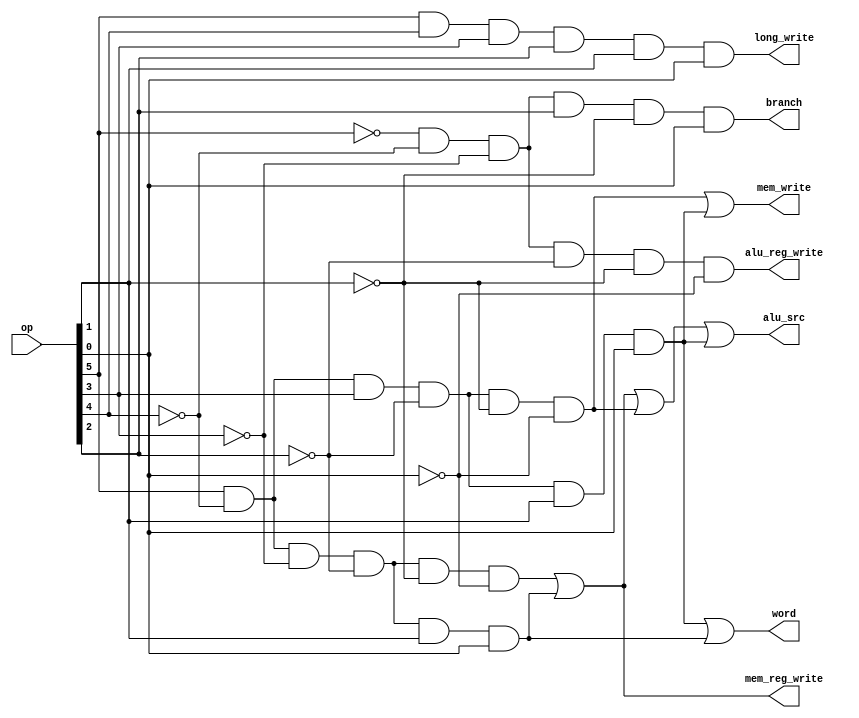
module control(
	input [5:0] op,
	output mem_write,
	output alu_src,
	output alu_reg_write,
	output mem_reg_write,
	output long_write,
	output branch,
	output word
);


 //determines type of instruction
 wire lb = op[5]&~op[4]&~op[3]&~op[2]&~op[1]&~op[0]; //100000 LB
 wire lw = op[5]&~op[4]&~op[3]&~op[2]&op[1]&op[0]; //100011 LW
 wire aluop = ~op[5]&~op[4]&~op[3]&~op[2]&~op[1]&~op[0]; //000000 ADD
 wire sb = op[5]&~op[4]&op[3]&~op[2]&~op[1]&~op[0]; //101000 SB
 wire sw = op[5]&~op[4]&op[3]&~op[2]&op[1]&op[0]; //101011 SW
 wire addslw = op[5]&op[4]&op[3]&op[2]&op[1]&op[0]; //111111 ADDSLW
 wire bnz = ~op[5]&~op[4]&~op[3]&op[2]&~op[1]&op[0]; //000101 BNZ

 assign mem_write = sb | sw;
 assign alu_src = lb | lw | sb | sw;
 assign alu_reg_write = aluop;
 assign mem_reg_write = lb | lw;
 assign word = sw | lw;
 assign long_write = addslw;
 assign branch = bnz;

endmodule